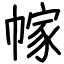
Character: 幏